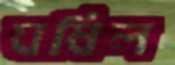
ঘষিল